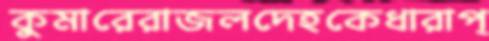
কুমারেরাজলদেহকেধারাপ্